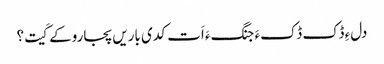
دلءِ ڈک ڈکءَ جنگءَ اَت کدی باریں پجاروکے کَیت؟